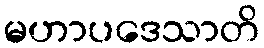
မဟာပဒေသာတိ